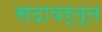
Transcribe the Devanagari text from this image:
सदावर्त्त